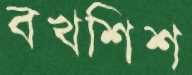
বখশিশ